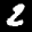
Digit: 2